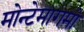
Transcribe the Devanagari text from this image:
मोन्टेमागमो